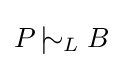
P\,|\!\!\!\sim _{L}B